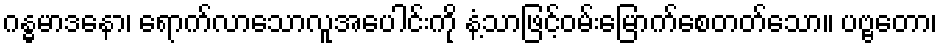
ဂန္ဓမာဒနော၊ ရောက်လာသောလူအပေါင်းကို နံ့သာဖြင့်ဝမ်းမြောက်စေတတ်သော။ ပဗ္ဗတော၊